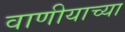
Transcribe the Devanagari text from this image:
वाणीयाच्या